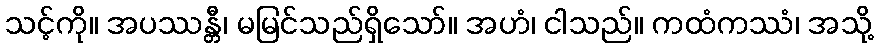
သင့်ကို။ အပဿန္တီ၊ မမြင်သည်ရှိသော်။ အဟံ၊ ငါသည်။ ကထံကဿံ၊ အသို့